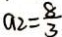
a _ { 2 } = \frac { 8 } { 3 }